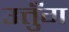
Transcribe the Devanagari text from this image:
उत्तुँग